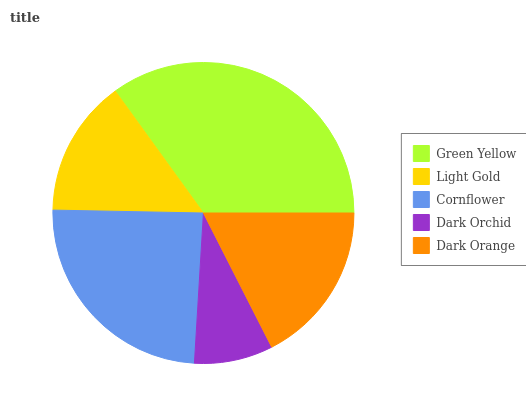
| Green Yellow | Light Gold | Cornflower | Dark Orchid | Dark Orange |
 | --- | --- | --- | --- | --- |
 | 35% | 14.7% | 24.3% | 8.45% | 17.5% |